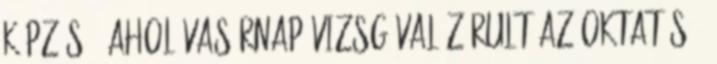
képzés , ahol vasárnap vizsgával zárult az oktatás .